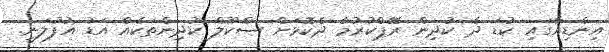
އިންޑިއާގައި ކުޑަ ދެ ކުދިން ރޭޕްކުރުމާ ދެކޮޅަށް ސްކޫލް ކުދިންތަކެއް އަޑު އުފުލަނީ.